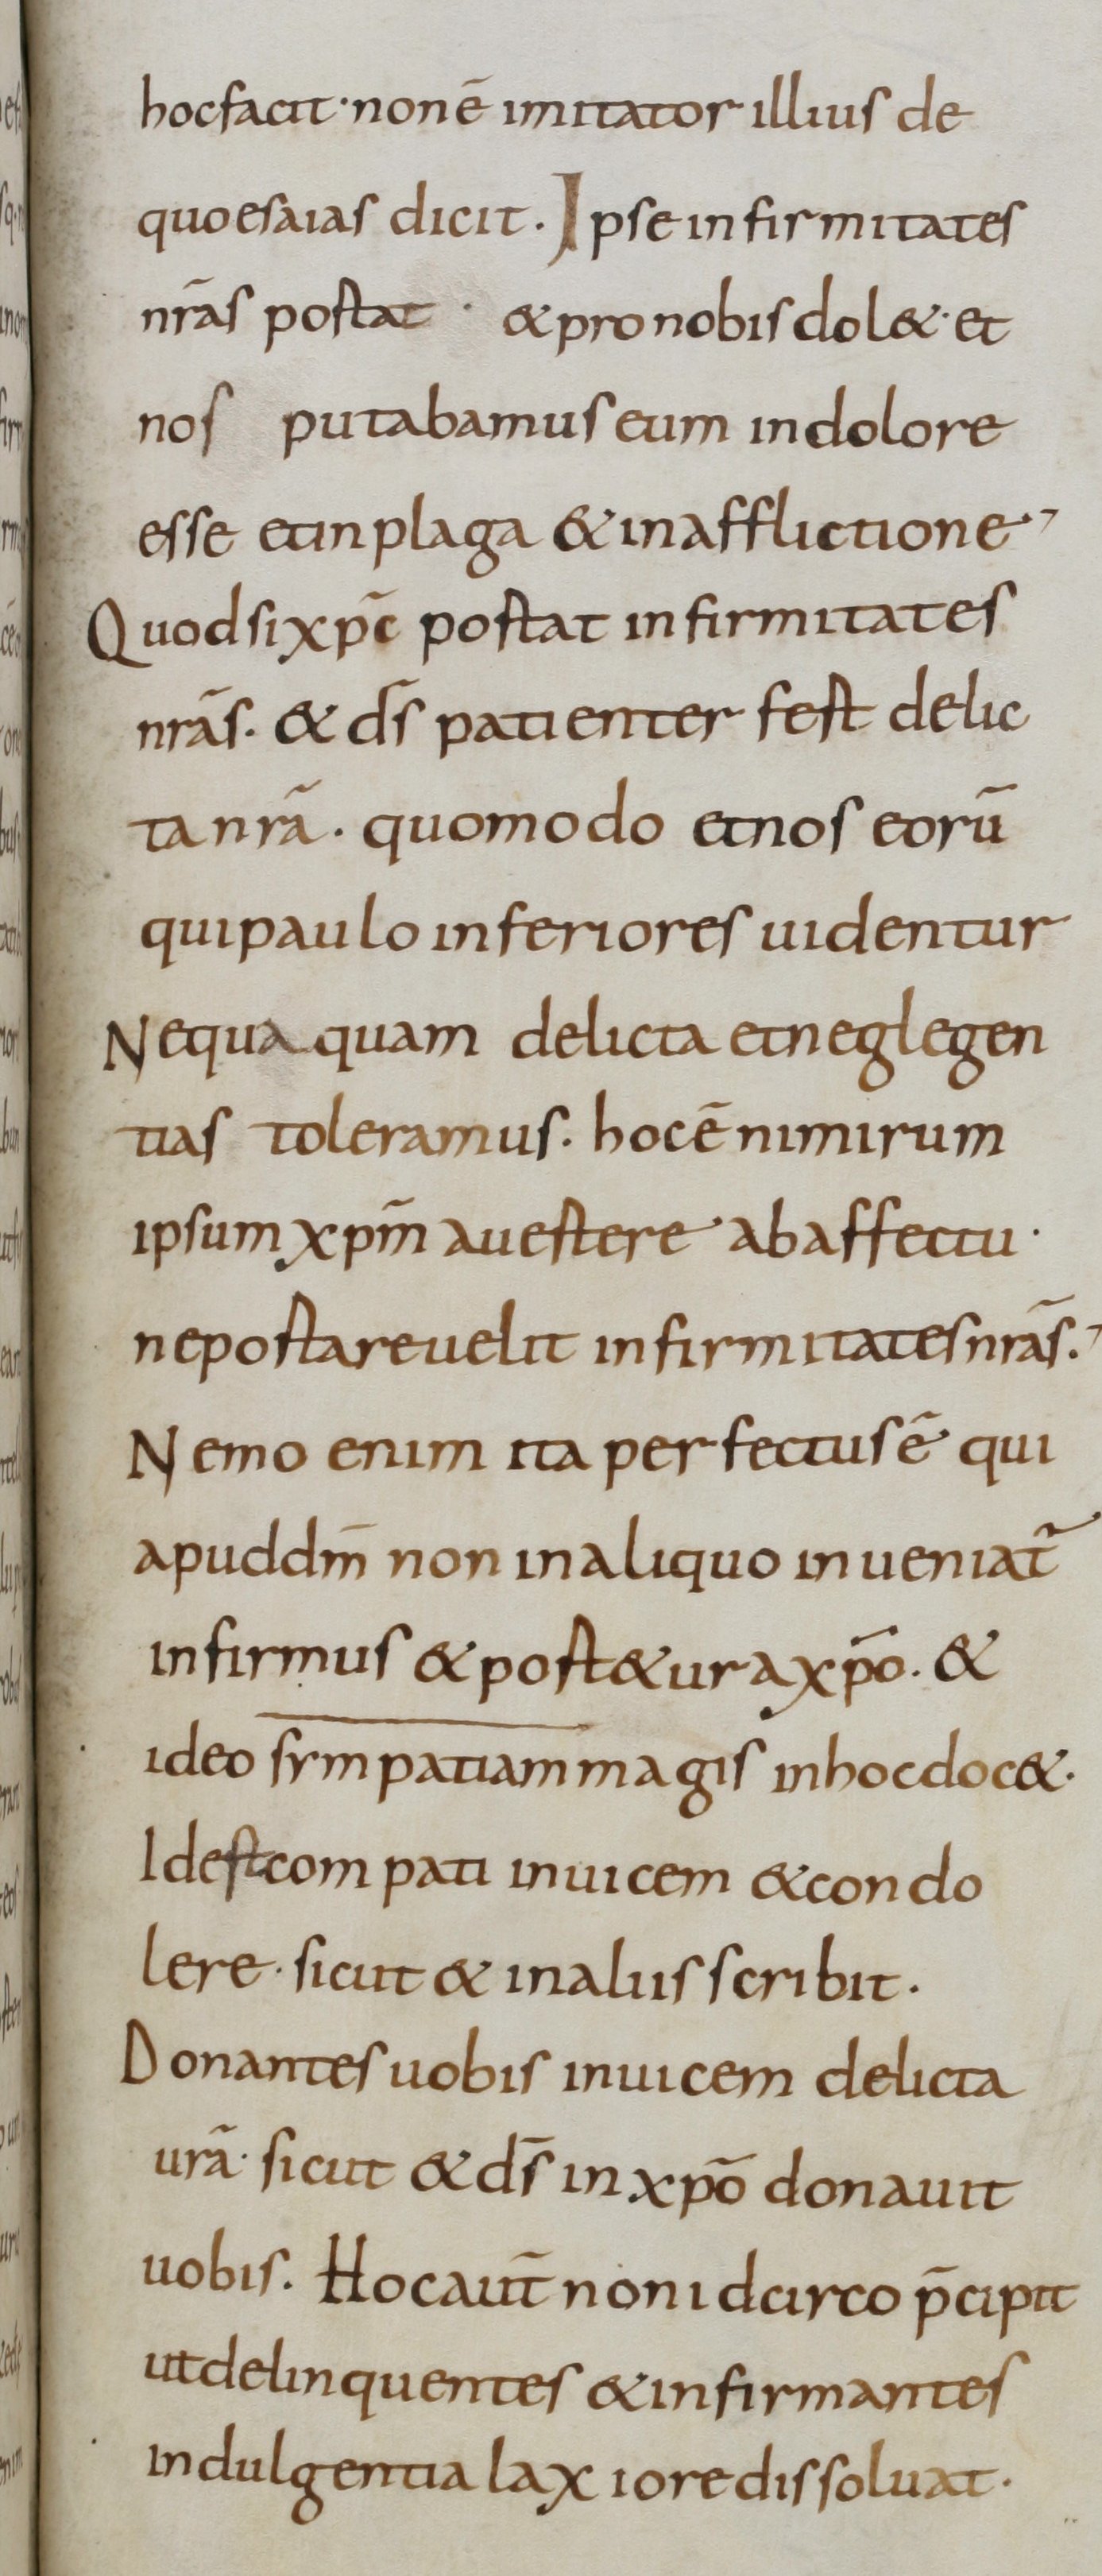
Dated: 800–899